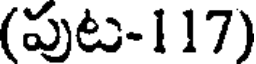
(పుట-117)